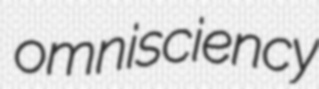
omnisciency